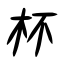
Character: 杯